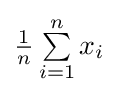
{\textstyle {\frac {1}{n}}\sum \limits _{i=1}^{n}{x_{i}}}